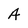
Character: A